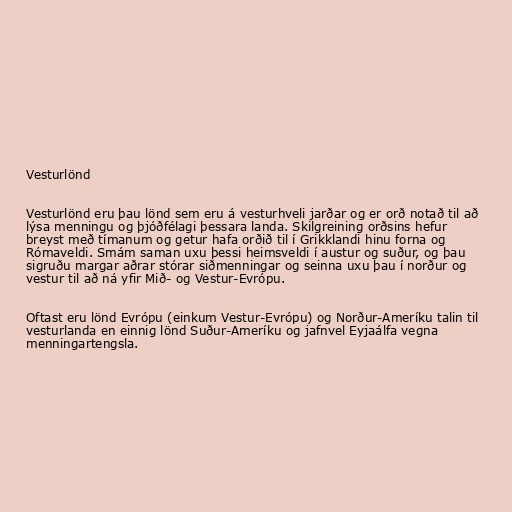
Vesturlönd

Vesturlönd eru þau lönd sem eru á vesturhveli jarðar og er orð notað til að
lýsa menningu og þjóðfélagi þessara landa. Skilgreining orðsins hefur
breyst með tímanum og getur hafa orðið til í Grikklandi hinu forna og
Rómaveldi. Smám saman uxu þessi heimsveldi í austur og suður, og þau
sigruðu margar aðrar stórar siðmenningar og seinna uxu þau í norður og
vestur til að ná yfir Mið- og Vestur-Evrópu.

Oftast eru lönd Evrópu (einkum Vestur-Evrópu) og Norður-Ameríku talin til
vesturlanda en einnig lönd Suður-Ameríku og jafnvel Eyjaálfa vegna
menningartengsla.